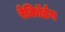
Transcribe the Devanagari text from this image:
रेकॉिर्डंग